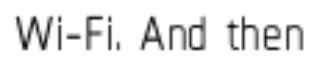
Wi-Fi. And then